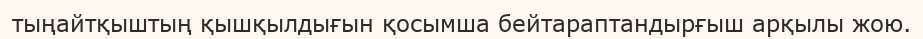
тыңайтқыштың қышқылдығын қосымша бейтараптандырғыш арқылы жою.